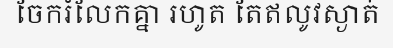
ចែករំលែកគ្នា រហូត តែឥលូវស្ងាត់